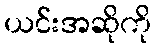
ယင်းအဆိုကို